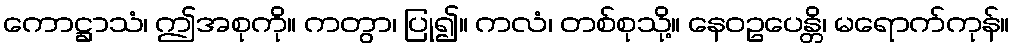
ကောဋ္ဌာသံ၊ ဤအစုကို။ ကတွာ၊ ပြု၍။ ကလံ၊ တစ်စုသို့။ နေဝဥပေန္တိ၊ မရောက်ကုန်။